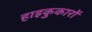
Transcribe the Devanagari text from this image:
हाइकुकारों